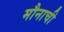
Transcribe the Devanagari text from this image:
मौनाची